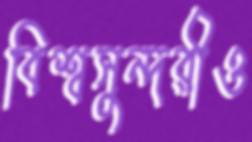
বিশ্বসুন্দরীও